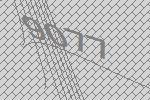
9077